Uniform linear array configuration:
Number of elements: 64
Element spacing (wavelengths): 1
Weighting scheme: hann
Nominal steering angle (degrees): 0
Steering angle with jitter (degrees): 1.741
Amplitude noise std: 0.05
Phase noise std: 0.05

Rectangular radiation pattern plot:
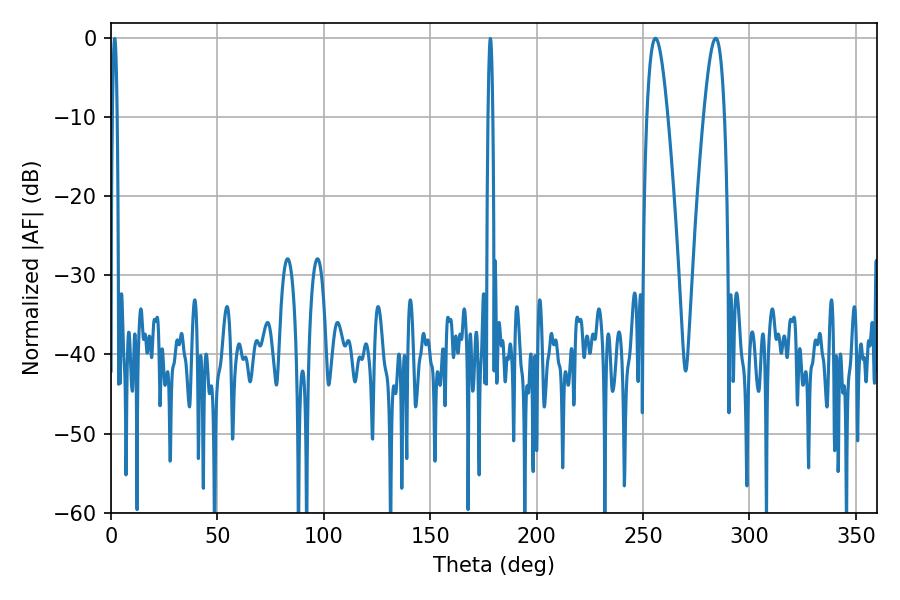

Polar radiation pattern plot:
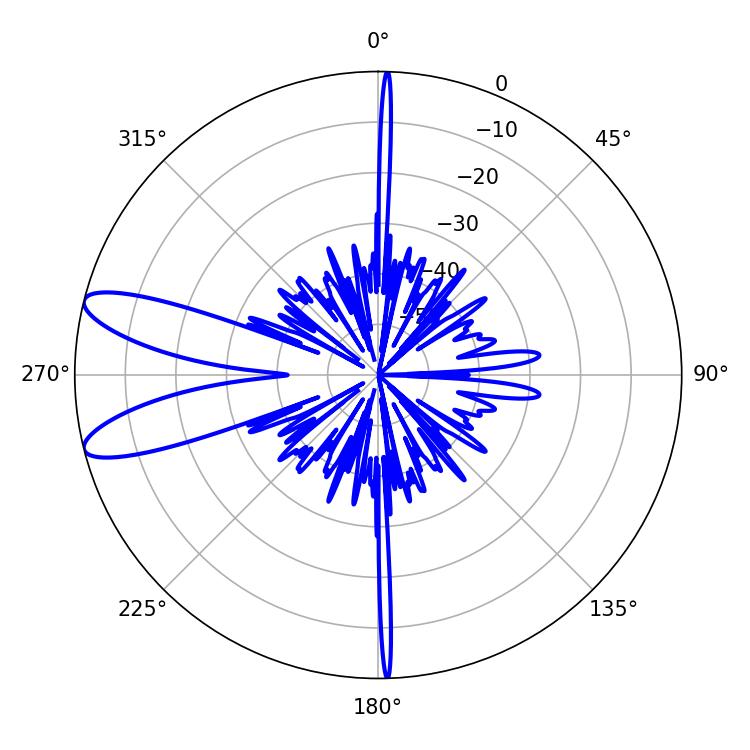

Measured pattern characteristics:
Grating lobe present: TRUE
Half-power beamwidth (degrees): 5.22
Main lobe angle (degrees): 255.78